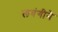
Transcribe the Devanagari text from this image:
लवंगीने